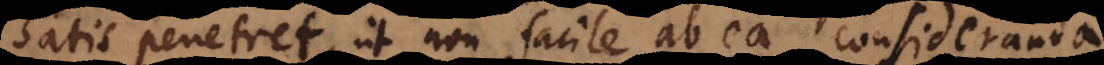
satis penetret, ut non facile ab ea consideranda